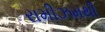
રામીઝમથી